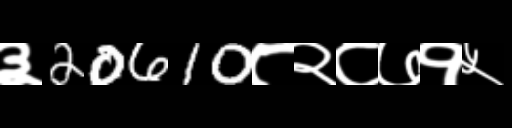
Text: ३20610८२८७१५